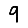
Digit: 9